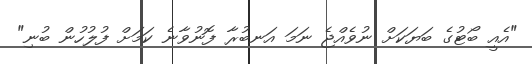
"އެއީ ބޯޓުގެ ބަޔަކަށް ނުވެއްޖެ ނަމަ އަނބުރާ ފޮނުވާނެ ކަމަށް ފުލުހުން ބުނި"